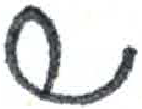
אות: ש